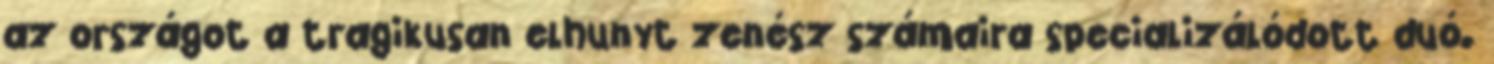
az országot a tragikusan elhunyt zenész számaira specializálódott duó.